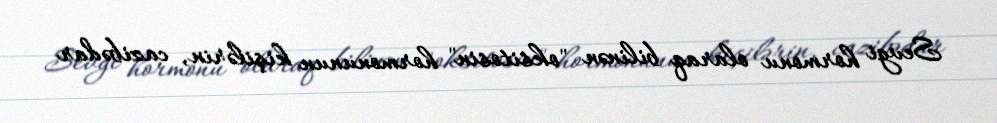
Sevgi hormonu olaraq bilinən "oksitosin" hormonunun kişilərin, cazibədar